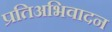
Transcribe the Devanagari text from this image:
प्रतिअभिवादन